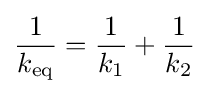
{\frac {1}{k_{\mathrm {eq} }}}={\frac {1}{k_{1}}}+{\frac {1}{k_{2}}}